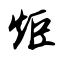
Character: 炬